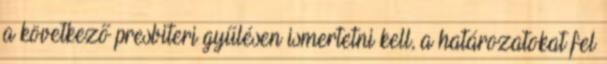
a következő presbiteri gyűlésen ismertetni kell, a határozatokat fel